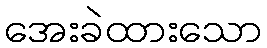
အေးခဲထားသော